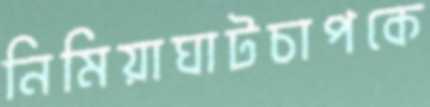
নিমিয়াঘাটচাপকে